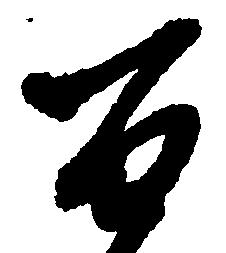
百